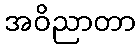
အဝိညာတာ